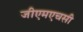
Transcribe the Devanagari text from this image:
जीएमएचसी